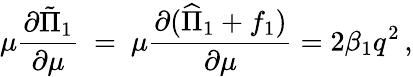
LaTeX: \mu\frac{\partial\tilde{\Pi}_{1}}{\partial\mu}\ =\ \mu\frac{\partial(\widehat{\Pi}_{1}+f_{1})}{\partial\mu}=2\beta_{1}q^{2}\, ,